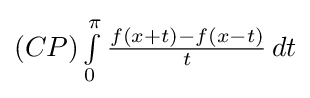
\textstyle (CP)\int \limits _{0}^{\pi }{\frac {f(x+t)-f(x-t)}{t}}\,dt